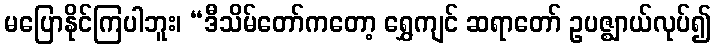
မပြောနိုင်ကြပါဘူး၊ “ဒီသိမ်တော်ကတော့ ရွှေကျင် ဆရာတော် ဥပဇ္ဈာယ်လုပ်၍